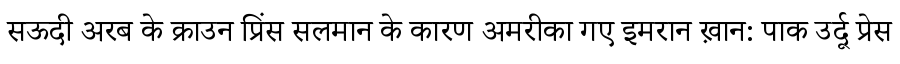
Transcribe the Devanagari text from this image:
सऊदी अरब के क्राउन प्रिंस सलमान के कारण अमरीका गए इमरान ख़ान: पाक उर्दू प्रेस